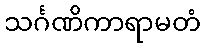
သင်္ဂဏိကာရာမတံ